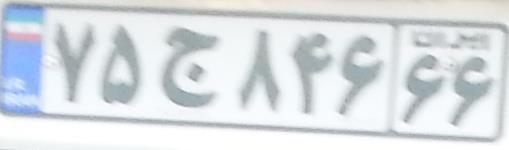
۷۵ج۸۴۶۶۶